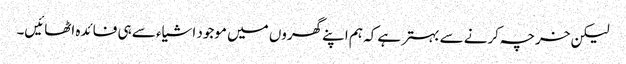
لیکن خرچہ کرنے سے بہتر ہے کہ ہم اپنے گھروں میں موجود اشیاء سے ہی فائدہ اٹھائیں۔